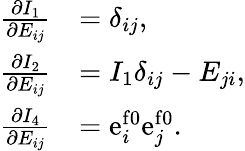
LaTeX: \begin{array}{rl}{\frac{\partial I_{1}}{\partial E_{ij}}}&{=\delta_{ij},}\\ {\frac{\partial I_{2}}{\partial E_{ij}}}&{=I_{1}\delta_{ij}-E_{ji},}\\ {\frac{\partial I_{4}}{\partial E_{ij}}}&{=\mathrm{e}_{i}^{\mathrm{f0}}\mathrm{e}_{j}^{\mathrm{f0}}.}\end{array}